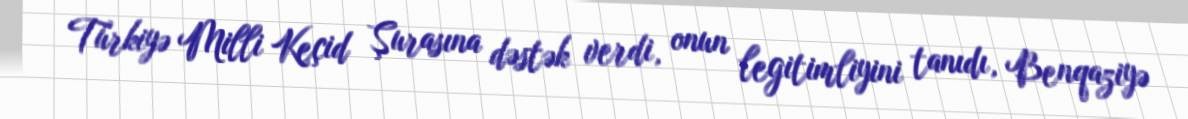
Türkiyə Milli Keçid Şurasına dəstək verdi, onun legitimliyini tanıdı, Benqaziyə